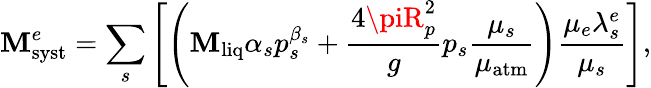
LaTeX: \mathbf{M}_{\mathrm{{syst}}}^{e}=\sum_{s}\left[\left(\mathbf{M}_{\mathrm{{liq}}}\alpha_{s}p_{s}^{\beta_{s}}+\frac{{4\piR_{p}^{2}}}{{g}}p_{s}\frac{{\mu_{s}}}{{\mu_{\mathrm{{atm}}}}}\right)\frac{{\mu_{e}\lambda_{s}^{e}}}{{\mu_{s}}}\right],